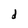
Character: d